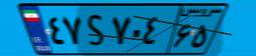
۴۷S۷۰۴۶۵